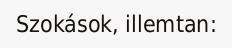
Szokások, illemtan: